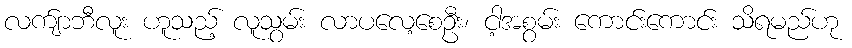
လက်ျာဘီလူး ဟူသည့် လူသွမ်း လာပလေ့စေဦး၊ ငါ့အစွမ်း ကောင်းကောင်း သိရမည်ဟု